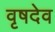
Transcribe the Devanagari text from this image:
वृषदेव